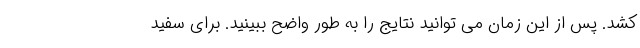
کشد. پس از این زمان می توانید نتایج را به طور واضح ببینید. برای سفید